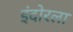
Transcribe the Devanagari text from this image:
इंदोरला